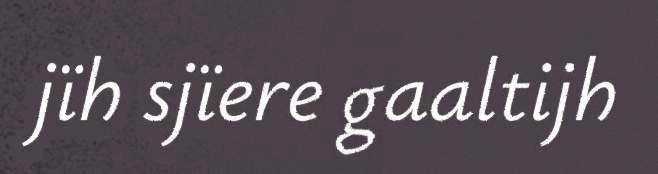
jïh sjïere gaaltijh